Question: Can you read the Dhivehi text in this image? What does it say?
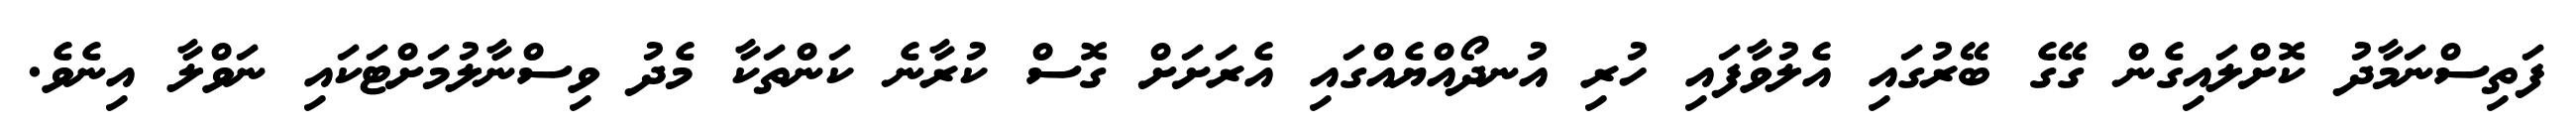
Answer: ފަތިސްނަމާދު ކޮށްލައިގެން ގޭގެ ބޭރުގައި އެލުވާފައި ހުރި އުނދޯއްޔެއްގައި އެރަށަށް ގޮސް ކުރާނެ ކަންތަކާ މެދު ވިސްނާލުމަށްޓަކައި ނަވްލާ އިނެވެ.